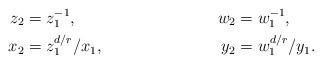
LaTeX: \begin{align*}z_2&=z_1^{-1}, &w_2&=w_1^{-1},\\x_2&=z_1^{d/r}/x_1, &y_2&=w_1^{d/r}/y_1.\end{align*}